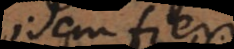
idem fieri